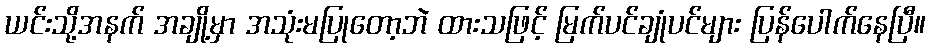
ယင်းသို့အနက် အချို့မှာ အသုံးမပြုတော့ဘဲ ထားသဖြင့် မြက်ပင်ချုံပင်များ ပြန်ပေါက်နေပြီ။